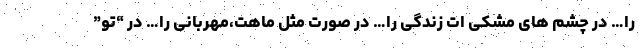
را… در چشم های مشکی ات زندگی را… در صورت مثل ماهت،مهربانی را… در “تو”